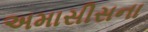
અમાસીસના